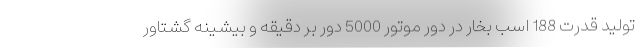
توليد قدرت 188 اسب بخار در دور موتور 5000 دور بر دقيقه و بيشينه گشتاور